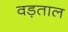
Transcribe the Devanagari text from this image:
वड़ताल